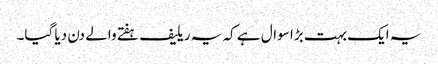
یہ ایک بہت بڑا سوال ہے کہ یہ ریلیف ہفتے والے دن دیا گیا۔